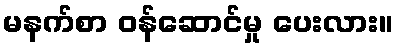
မနက်စာ ဝန်ဆောင်မှု ပေးလား။